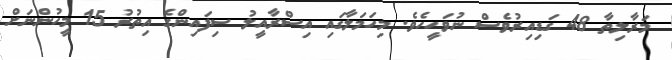
މަރާލިތާ 48 ގަޑިއިރުވެސް ނުވަހީހެވެ. މިހަމަލާގައި އިސްރާއީލު ސިފައިންގެ އިތުރު 15 މީހުންނަށް